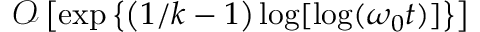
\mathcal { O } \left[ \exp \left\{ \left( 1 / k - 1 \right) \log [ \log ( \omega _ { 0 } t ) ] \right\} \right]